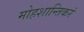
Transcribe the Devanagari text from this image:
मोहशान्तिकरं